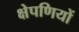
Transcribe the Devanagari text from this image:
क्षेपणियों